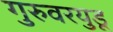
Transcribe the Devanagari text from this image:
गुरुवरयुडू